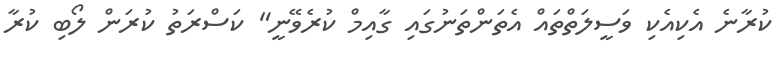
ކުރާނެ އެކިއެކި ވަސީލަތްތައް އެތަންތަނުގައި ގާއިމް ކުރެވޭނީ" ކަސްރަތު ކުރަން ލޯބި ކުރާ